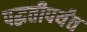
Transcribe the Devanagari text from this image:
पद्धतीपर्यंत